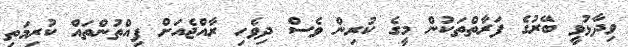
ވިދާޅުވީ ބޭރުގެ ފަރާތްތަކުން މީގެ ކުރިން ވެސް ދިވެހި ރާއްޖެއަށް ފިއްތުންތައް ކުރިމަތި